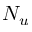
N _ { u }